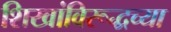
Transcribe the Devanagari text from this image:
शिखांविरूद्धच्या